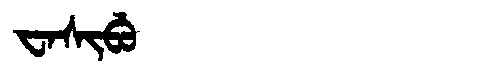
Manchu: ᠸᠠᠰᡳᠪᡠ
Romanization: WASIBU